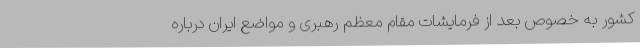
کشور به خصوص بعد از فرمایشات مقام معظم رهبری و مواضع ایران درباره